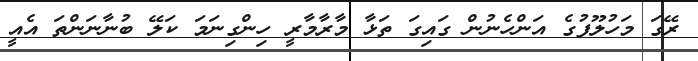
ރޭގަ މަހުލޫފުގެ އަންހެނުން ގައިގަ ތަޅާ މާރާމާރީ ހިންގިނަމަ ކަލޭ ބުނާނަންތަ އެއީ